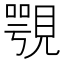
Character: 覨